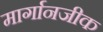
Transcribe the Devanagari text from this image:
मार्गानजीक